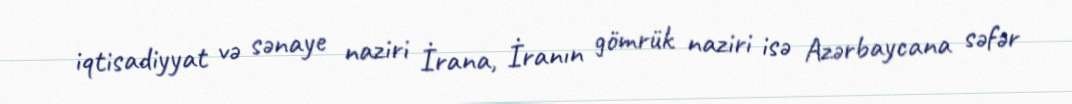
iqtisadiyyat və sənaye naziri İrana, İranın gömrük naziri isə Azərbaycana səfər